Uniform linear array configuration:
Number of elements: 8
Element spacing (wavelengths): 0.5
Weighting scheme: binomial
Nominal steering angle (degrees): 15
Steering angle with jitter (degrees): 15.415
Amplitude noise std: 0.05
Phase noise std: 0.05

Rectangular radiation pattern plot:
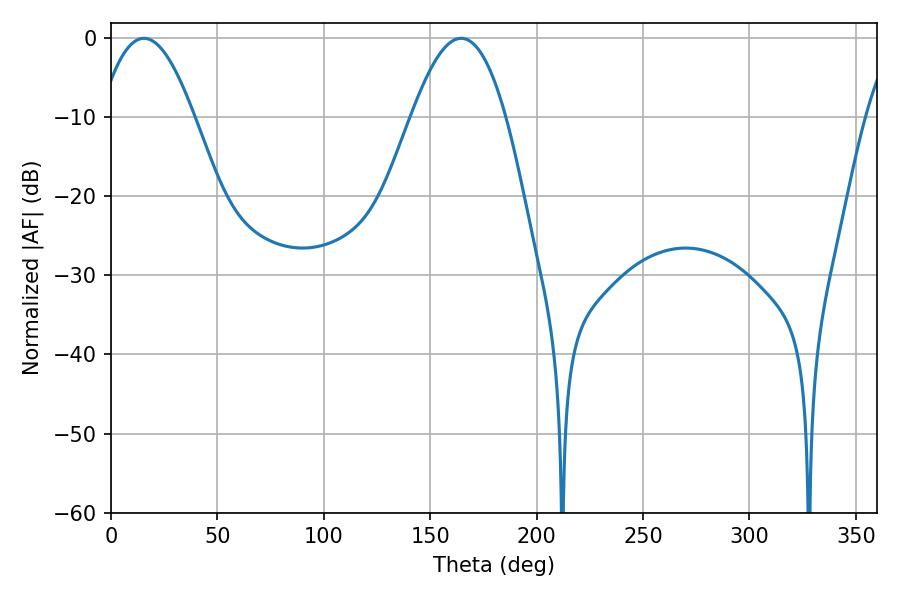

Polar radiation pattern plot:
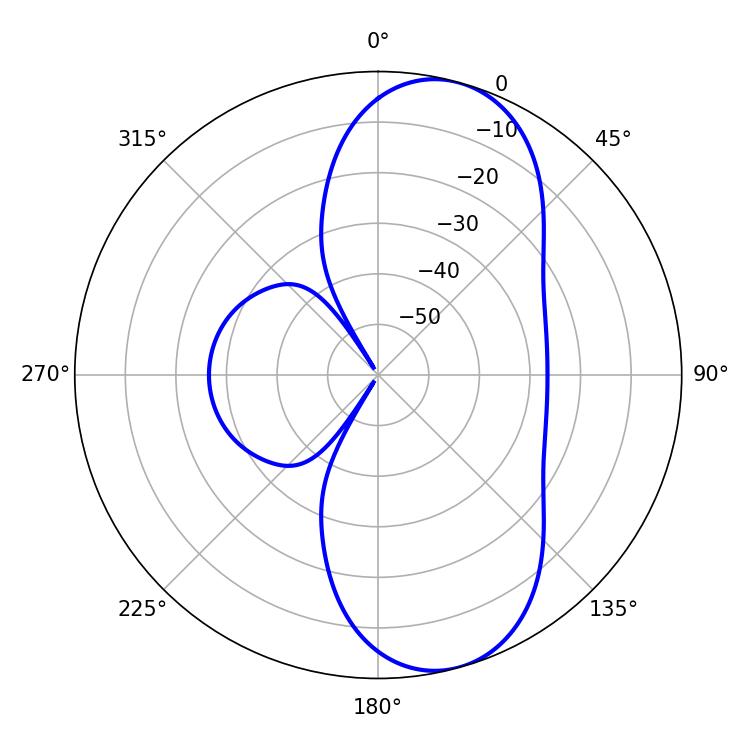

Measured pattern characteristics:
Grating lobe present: FALSE
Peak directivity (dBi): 8.914
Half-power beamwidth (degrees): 24.12
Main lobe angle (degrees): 15.48